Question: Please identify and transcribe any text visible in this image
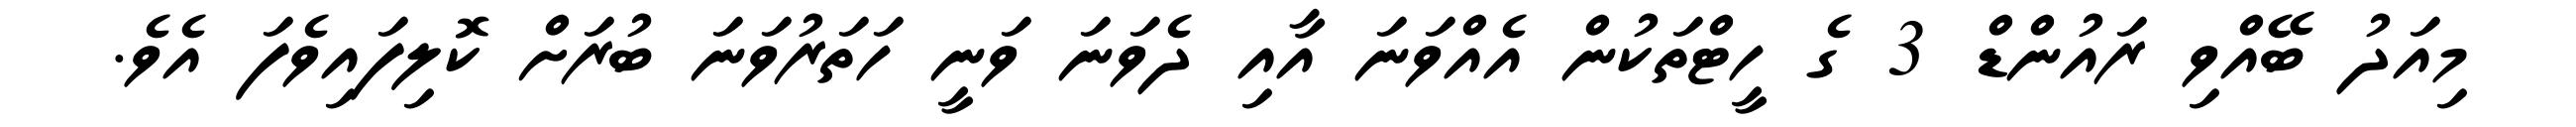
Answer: މިއަދު ބޭއްވި ރައުންޑް 3 ގެ ހީޓްތަކުން އެއްވަނަ އާއި ދެވަނަ ވަނީ ހަތަރުވަނަ ބުރަށް ކޮލިފައިވެފަ އެވެ.